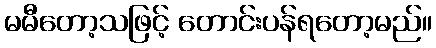
မမီတော့သဖြင့် တောင်းပန်ရတော့မည်။